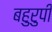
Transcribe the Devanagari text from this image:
बहुरुपी